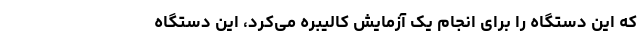
که این دستگاه را برای انجام یک آزمایش کالیبره می‌کرد، این دستگاه